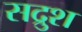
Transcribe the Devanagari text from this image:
सद्रुश